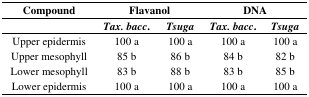
| Compound | <COLSPAN=2> Flavanol | <COLSPAN=2> DNA |
 |  | Tax. bacc. | Tsuga | Tax. bacc. | Tsuga |
 | --- | --- | --- | --- | --- |
 | Upper epidermis | 100 a | 100 a | 100 a | 100 a |
 | Upper mesophyll | 85 b | 86 b | 84 b | 82 b |
 | Lower mesophyll | 83 b | 88 b | 83 b | 85 b |
 | Lower epidermis | 100 a | 100 a | 100 a | 100 a |